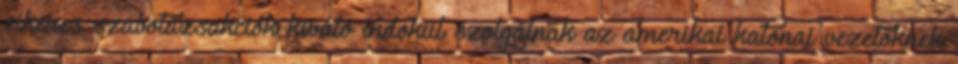
sikeres szabotázsakciók kiváló indokul szolgálnak az amerikai katonai vezetőknek